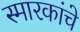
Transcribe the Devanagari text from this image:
स्मारकांचे